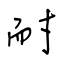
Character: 耐